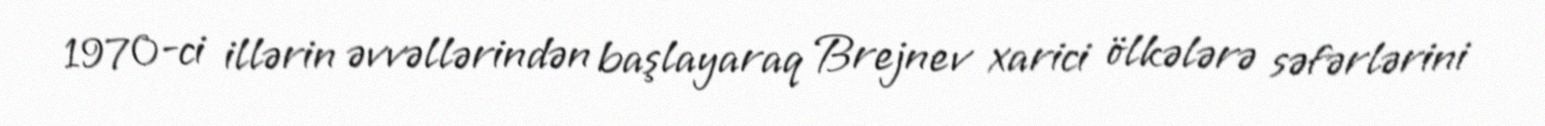
1970-ci illərin əvvəllərindən başlayaraq Brejnev xarici ölkələrə səfərlərini